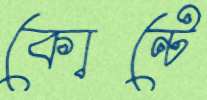
কোন্টে